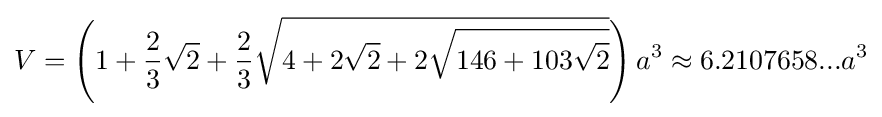
V=\left(1+{\frac {2}{3}}{\sqrt {2}}+{\frac {2}{3}}{\sqrt {4+2{\sqrt {2}}+2{\sqrt {146+103{\sqrt {2}}}}}}\right)a^{3}\approx 6.2107658...a^{3}